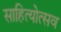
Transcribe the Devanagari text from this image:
साहित्योत्सव